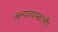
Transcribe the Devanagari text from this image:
अन्यायाखाली